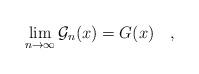
LaTeX: \begin{align*} \lim_{n\to\infty} \mathcal G_n(x)=G(x) \quad, \end{align*}